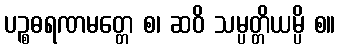
ပဉ္စဓရဏမတ္တေ စ၊ ဆဝိ သမ္ပတ္တိယမ္ပိ စ။